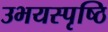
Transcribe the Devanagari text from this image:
उभयस्पृष्ठि